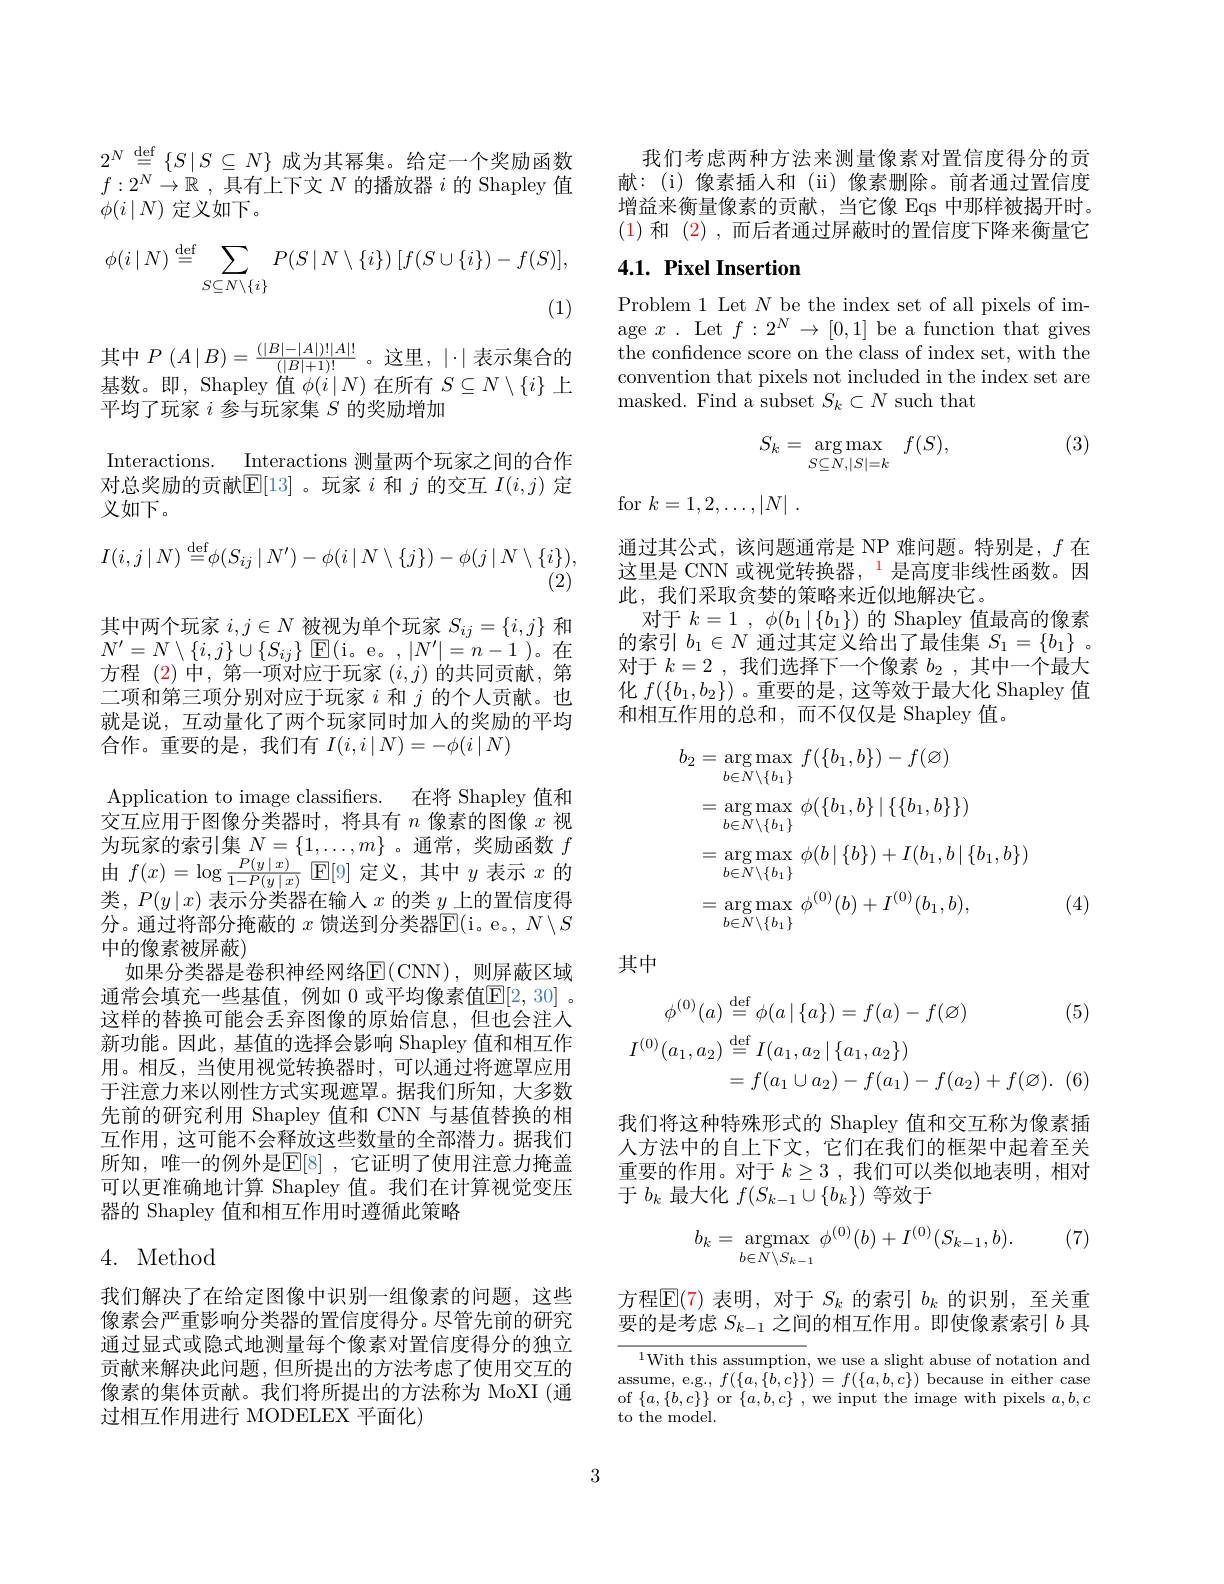
$2^N\stackrel{\mathrm{def}}{=}\left\{S\mid S\subseteq N\right\}$成为其幂集。给定一个奖励函数$f:2^N\to\mathbb{R}$ ,具有上下文$N$的播放器$i$的 Shapley 值$\phi(i\mid N)$定义如下。
$$\phi(i\mid N)\stackrel{\text{def}}{=}\sum\limits_{S\subseteq N\setminus\{i\}}P(S\mid N\setminus\{i\})\:[f(S\cup\{i\})-f(S)],$$
(1)
$$I(i,j\mid N)\stackrel{\text{def}}{=}\phi(S_{ij}\mid N')-\phi(i\mid N\setminus\{j\})-\phi(j\mid N\setminus\{i\}),$$
其中$P\left(A\mid B\right)=\frac{(\mid B\mid-\mid A\mid)!\mid A\mid!}{(\mid B\mid+1)!}$。这里，$\mid\cdot\mid$表示集合的基数。即，Shapley 值$\phi(i\mid N)$在所有$S\subseteq N\setminus\{i\}$上平均了玩家$i$参与玩家集$S$的奖励增加
Interactions. Interactions 测量两个玩家之间的合作对总奖励的贡献$\mathbb{E}[13]$ 。玩家$i$和$j$的交互$I(i,j)$定义如下。
其中两个玩家$i,j\in N$被视为单个玩家$S_ij=\{i,j\}$和$N^{\prime }= N\setminus \{ i, j\} \cup \{ S_{ij}\}$ $\mathbb{E} ($i。e。$,|N^\prime|=n-1$)。在方程 (2)中，第一项对应于玩家$(i,j)$的共同贡献，第二项和第三项分别对应于玩家$i$和$j$的个人贡献。也就是说，互动量化了两个玩家同时加入的奖励的平均合作。重要的是，我们有$I(i,i\mid N)=-\phi(i\mid N)$
Application to image classifiers. 在将 Shapley 值和交互应用于图像分类器时，将具有$n$像素的图像$x$视为玩家的索引集$N=\{1,\ldots,m\}$ 。通常，奖励函数 $f$ 由$f( x) = \log \frac {P( y\mid x) }{1- P( y\mid x) }$ ${\mathsf{E} }[ 9]$定义，其中$y$表示$x$的类，$P(y\mid x)$表示分类器在输入$x$的类$y$上的置信度得分。通过将部分掩蔽的 $x$ 馈送到分类器$\mathbb{E}($i。e。, $N\setminus S$ 中的像素被屏蔽)
如果分类器是卷积神经网络E( CNN) , 则 屏 蔽 区 域 通常会填充一些基值，例如 0 或平均像素值$\overline{\mathbb{E}}[2,30]$ 。这样的替换可能会丢弃图像的原始信息，但也会注人新功能。因此，基值的选择会影响 Shapley 值和相互作用。相反，当使用视觉转换器时，可以通过将遮罩应用于注意力来以刚性方式实现遮罩。据我们所知，大多数先前的研究利用 Shapley 值和 CNN 与基值替换的相互作用，这可能不会释放这些数量的全部潜力。据我们所知，唯一的例外是$\mathbb{E}[8]$ ,它证明了使用注意力掩盖可以更准确地计算 Shapley 值。我们在计算视觉变压器的 Shapley 值和相互作用时遵循此策略
4. Method

我们解决了在给定图像中识别一组像素的问题，这些像素会严重影响分类器的置信度得分。尽管先前的研究通过显式或隐式地测量每个像素对置信度得分的独立贡献来解决此问题，但所提出的方法考虑了使用交互的像素的集体贡献。我们将所提出的方法称为 MoXI (通过相互作用进行 MODELEX 平面化)

我们考虑两种方法来测量像素对置信度得分的贡献：(i)像素插入和(ii)像素删除。前者通过置信度增益来衡量像素的贡献，当它像 Eqs 中那样被揭开时。(1)和(2),而后者通过屏蔽时的置信度下降来衡量它

# 4.1. Pixel Insertion

Problem 1 Let $N$ be the index set of all pixels of image $x.$ Let $f:2^N\to[0,1]$ be a function that gives the confidence score on the class of index set, with the convention that pixels not included in the index set are masked. Find a subset $S_k\subset N$ such that

(3)
$$S_k=\underset{S\subseteq N,|S|=k}{\arg\max}\quad f(S),$$
for $k= 1, 2, \ldots , | N|$ .

通过其公式，该问题通常是 NP 难问题。特别是，$f$在这里是 CNN 或视觉转换器，$^{\color{red}{1}}$是高度非线性函数。因此，我们采取贪婪的策略来近似地解决它。
对于$k= 1$ , $\phi ( b_1\mid \{ b_1\} )$的 Shapley 值最高的像素的索引$b_1\in N$通过其定义给出了最佳集$S_1=\{b_1\}$ 。对于$k=2$,我们选择下一个像素$b_2$,其中一个最大化$f(\{b_1,b_2\})$ 。重要的是 , 这等效于最大化 Shapley 值和相互作用的总和，而不仅仅是 Shapley 值。
$$\begin{aligned}b_{2}&=\arg\max_{b\in N\setminus\{b_{1}\}}\:f(\{b_{1},b\})-f(\varnothing)\\&=\arg\max_{b\in N\setminus\{b_{1}\}}\:\phi(\{b_{1},b\}\mid\{\{b_{1},b\}\})\\&=\arg\max_{b\in N\setminus\{b_{1}\}}\:\phi(b\mid\{b\})+I(b_{1},b\mid\{b_{1},b\})\\&=\arg\max_{b\in N\setminus\{b_{1}\}}\:\phi^{(0)}(b)+I^{(0)}(b_{1},b),\end{aligned}$$
(4)

其中

(5)
$$\phi^{(0)}(a)\stackrel{\mathrm{def}}{=}\phi(a\mid\{a\})=f(a)-f(\varnothing)\text{(}\\I^{(0)}(a_{1},a_{2})\stackrel{\mathrm{def}}{=}I(a_{1},a_{2}\mid\{a_{1},a_{2}\})\\=f(a_{1}\cup a_{2})-f(a_{1})-f(a_{2})+f(\varnothing).\:($$
我们将这种特殊形式的 Shapley 值和交互称为像素插人方法中的自上下文，它们在我们的框架中起着至关重要的作用。对于$k\geq3$ ,我们可以类似地表明，相对于$b_k$最大化$f(S_k-1\cup\{b_k\})$等效于
$$b_k=\mathop{\mathrm{argmax}}\limits_{b\in N\setminus S_{k-1}}\phi^{(0)}(b)+I^{(0)}(S_{k-1},b).$$
方程$\mathbb{E}(7)$表明，对于$S_k$的索引$b_k$的识别，至关重要的是考虑$S_{k-1}$之间的相互作用。即使像素索引$b$具

$^{1}$With this assumption, we use a slight abuse of notation and $\begin{array}{cc}{\mathrm{assume,~e.g.,~}f(\{a,\{b,c\}\})=f(\{a,b,c\})~\mathrm{because~in~either~case}}\\{\mathrm{assume,~e.g.,~}f(\{a,\{b,c\}\})=f(\{a,b,c\})~\mathrm{because~in~either~case}}\end{array}$ of $\{a,\{b,c\}\}$ or $\{a,b,c\}$ , we input the image with pixels $a,b,c$ to the model.

3